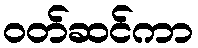
ဝတ်ဆင်ကာ